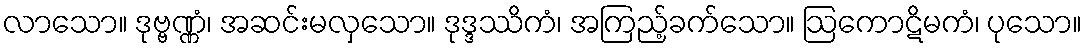
လာသော။ ဒုဗ္ဗဏ္ဏံ၊ အဆင်းမလှသော။ ဒုဒ္ဒဿိကံ၊ အကြည့်ခက်သော။ ဩကောဋိမကံ၊ ပုသော။